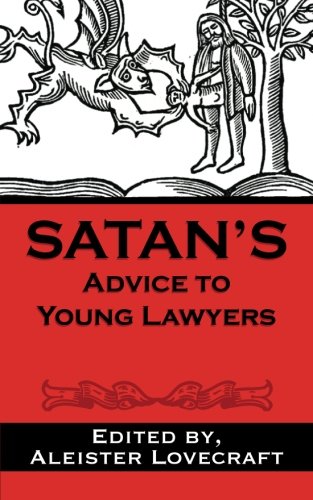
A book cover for Satan's Advice to Young Lawyers; Aleister Lovecraft Esq.; Law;